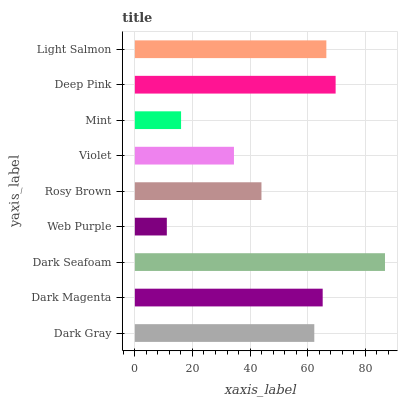
| yaxis_label | bars |
 | --- | --- |
 | Dark Gray | 62.3 |
 | Dark Magenta | 65.2 |
 | Dark Seafoam | 86.8 |
 | Web Purple | 11.1 |
 | Rosy Brown | 44 |
 | Violet | 34.4 |
 | Mint | 16 |
 | Deep Pink | 69.7 |
 | Light Salmon | 66.5 |